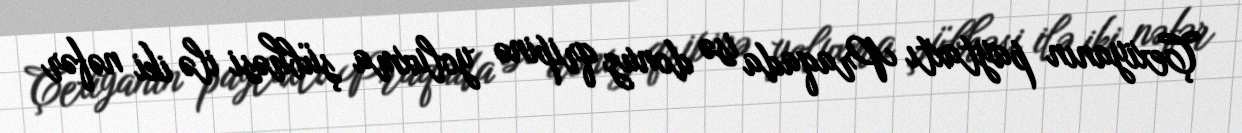
Çexiyanın paytaxtı Praqada isə donuz qripinə yoluxma şübhəsi ilə iki nəfər